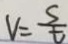
V = \frac { s } { t }